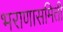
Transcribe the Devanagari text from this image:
भराणासमिती